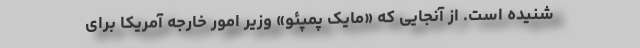
شنیده است. از آنجایی که «مایک پمپئو» وزیر امور خارجه آمریکا برای